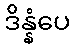
ဒိန္နံပေ